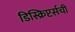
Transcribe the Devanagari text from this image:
डिस्क्रिप्टर्सची